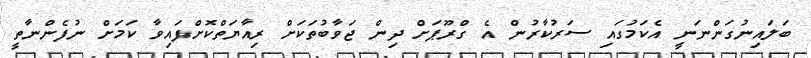
ބަލައިނުގަންނަނީ އެކަމުގައި ސަރުކާރުން އެ ގްރޫޕަށް ދިން ޖަވާބުތަކަށް ރިއާޔަތްކޮށްފައިވާ ކަމަށް ނުފެންނާތީ